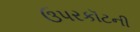
ઉપરકૉટની